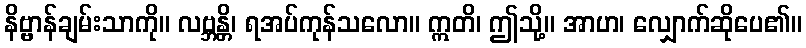
နိဗ္ဗာန်ချမ်းသာကို။ လဗ္ဘန္တိ၊ ရအပ်ကုန်သလော။ ဣတိ၊ ဤသို့။ အာဟ၊ လျှောက်ဆိုပေ၏။